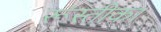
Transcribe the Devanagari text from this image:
रूस्तीका